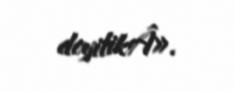
deyilikÂ».